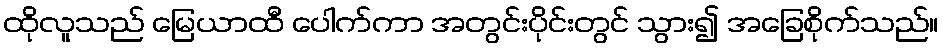
ထိုလူသည် မြေယာထီ ပေါက်ကာ အတွင်းပိုင်းတွင် သွား၍ အခြေစိုက်သည်။